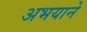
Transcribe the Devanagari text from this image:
अभयाने